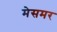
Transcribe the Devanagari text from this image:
मेसमर